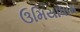
ઉમિયાધામ